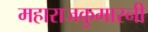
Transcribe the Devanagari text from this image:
महाराजकुमारनी